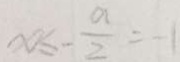
x \leq - \frac { a } { 2 } = - 1